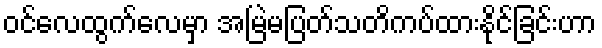
ဝင်လေထွက်လေမှာ အမြဲမပြတ်သတိကပ်ထားနိုင်ခြင်းဟာ